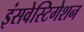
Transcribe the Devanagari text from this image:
इंसवेस्टिगेशन